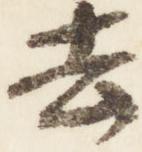
去